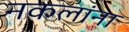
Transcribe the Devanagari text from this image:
नकलांना